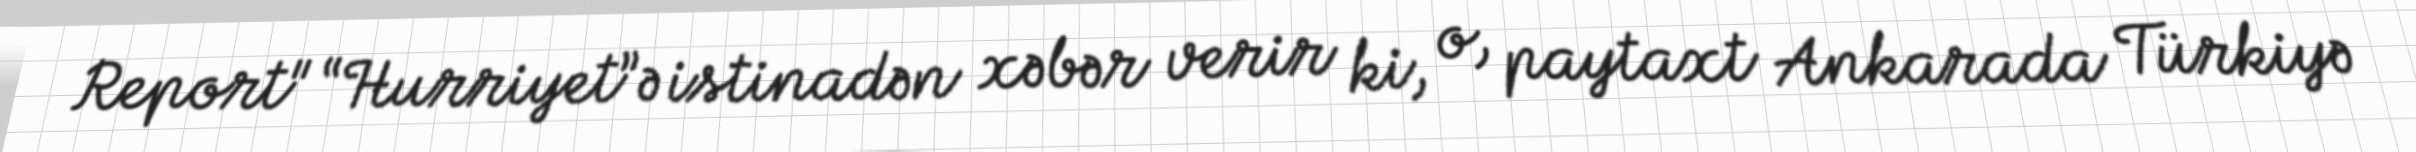
Report" “Hurriyet”ə istinadən xəbər verir ki, o, paytaxt Ankarada Türkiyə